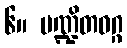
၆။ ပဏ္ဍိတဝဂ္ဂ